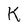
Character: K